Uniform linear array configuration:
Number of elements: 24
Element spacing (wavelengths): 0.75
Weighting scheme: blackman
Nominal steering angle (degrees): -30
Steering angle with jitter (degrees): -28.211
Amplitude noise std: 0.05
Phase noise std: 0.05

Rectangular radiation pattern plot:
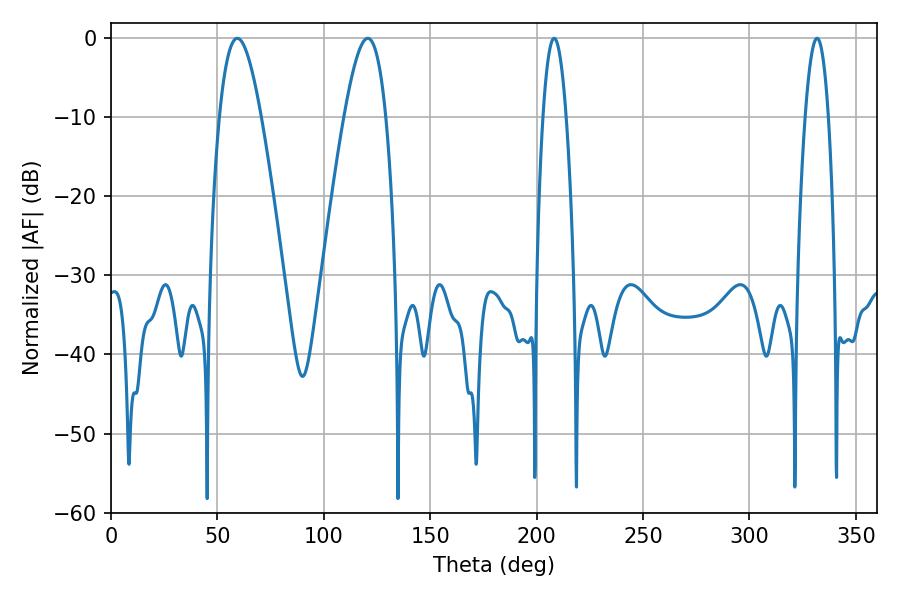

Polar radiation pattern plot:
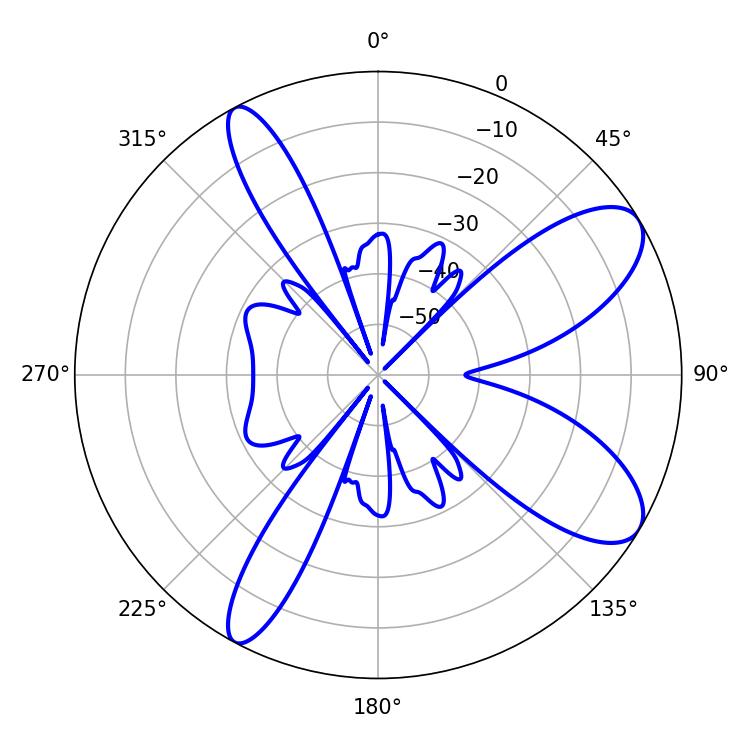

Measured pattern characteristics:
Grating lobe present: TRUE
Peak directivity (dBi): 9.201
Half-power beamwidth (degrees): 5.94
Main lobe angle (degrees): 331.74